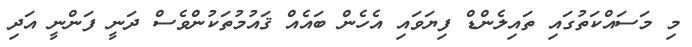
މި މަސައްކަތުގައި ތައިލެންޑް ފިޔަވައި އެހެން ބައެއް ޤައުމުތަކުންވެސް ދަނީ ފަންނީ އަދި